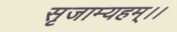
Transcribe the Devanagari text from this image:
सृजाम्यहम्।।